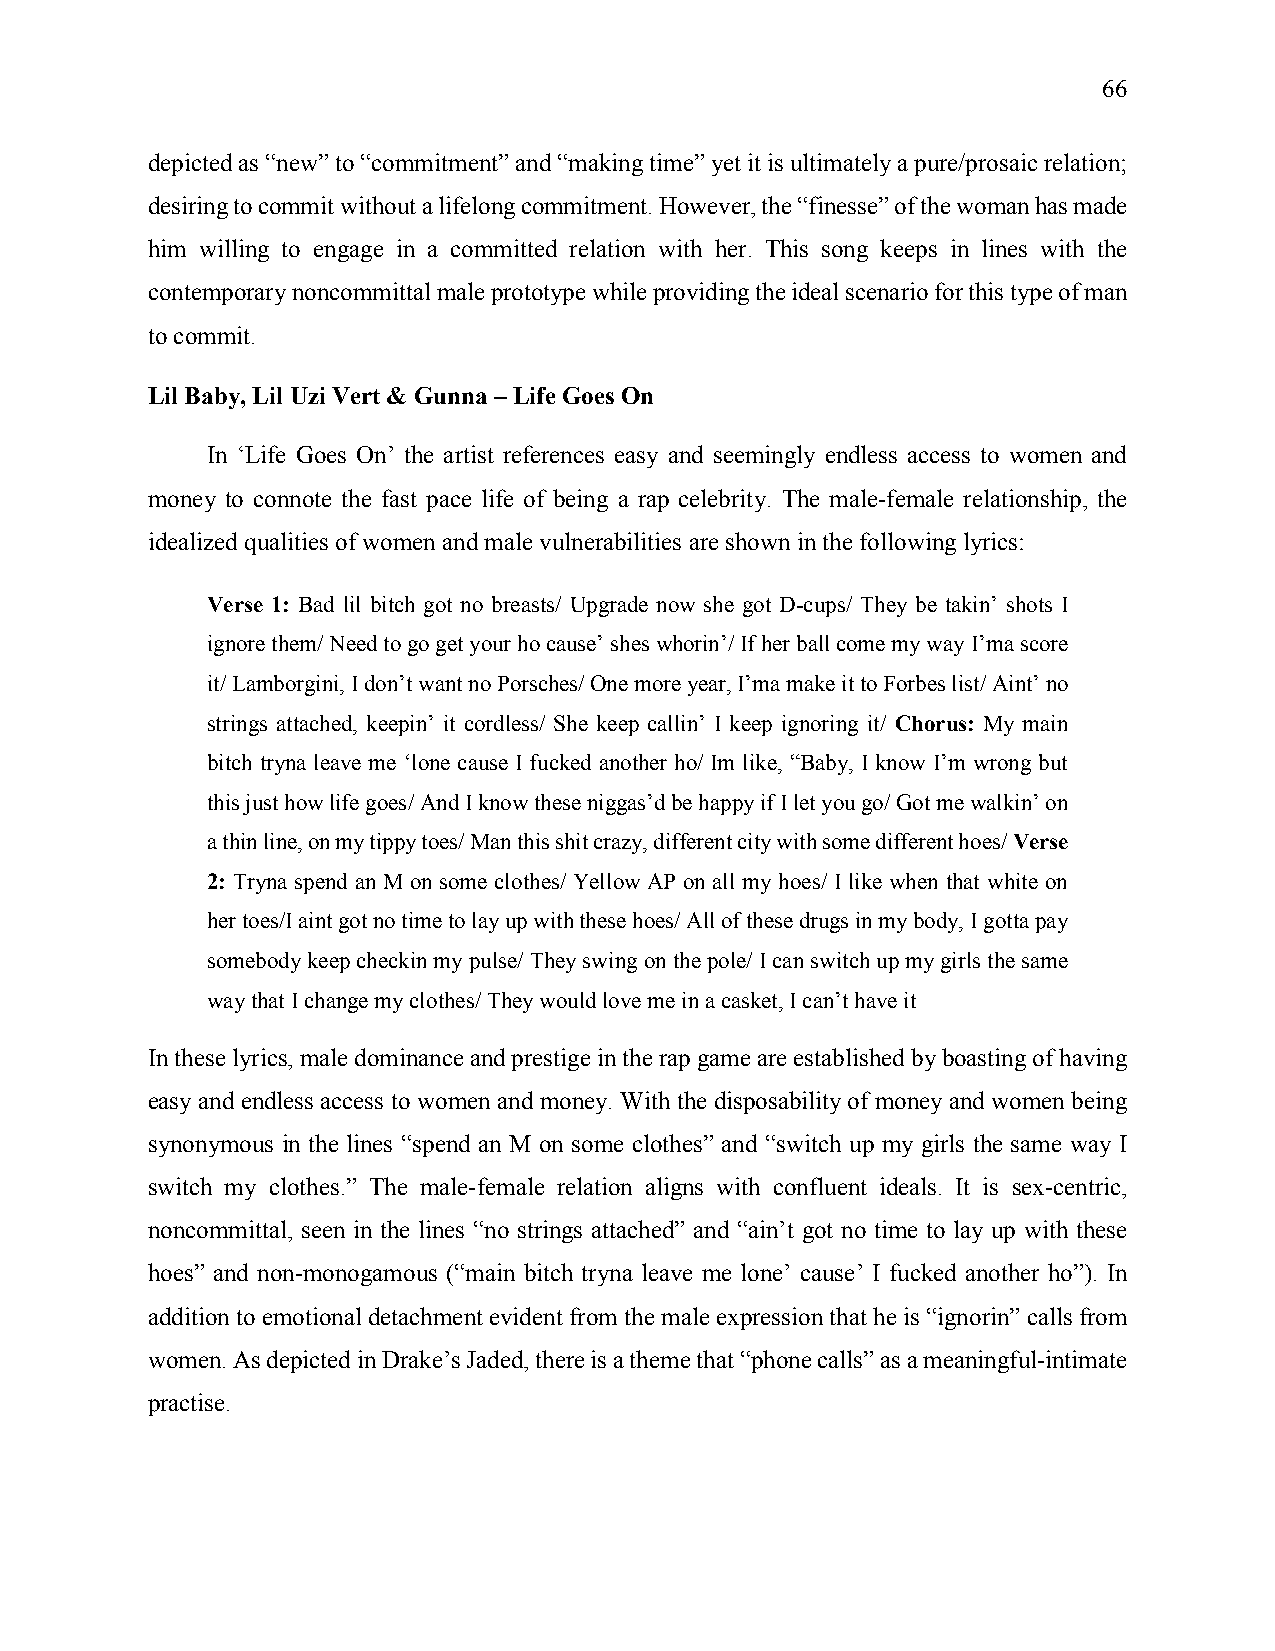
66
 depicted as “new” to “commitment” and “making time” yet it is ultimately a pure/prosaic relation;
 desiring to commit without a lifelong commitment. However, the “finesse” of the woman has made
 him willing to engage in a committed relation with her. This song keeps in lines with the
 contemporary noncommittal male prototype while providing the ideal scenario for this type of man
 to commit.
 Lil Baby, Lil Uzi Vert & Gunna – Life Goes On
 In ‘Life Goes On’ the artist references easy and seemingly endless access to women and
 money to connote the fast pace life of being a rap celebrity. The male-female relationship, the
 idealized qualities of women and male vulnerabilities are shown in the following lyrics:
 Verse 1: Bad lil bitch got no breasts/ Upgrade now she got D-cups/ They be takin’ shots I
 ignore them/ Need to go get your ho cause’ shes whorin’/ If her ball come my way I’ma score
 it/ Lamborgini, I don’t want no Porsches/ One more year, I’ma make it to Forbes list/ Aint’ no
 strings attached, keepin’ it cordless/ She keep callin’ I keep ignoring it/ Chorus: My main
 bitch tryna leave me ‘lone cause I fucked another ho/ Im like, “Baby, I know I’m wrong but
 this just how life goes/ And I know these niggas’d be happy if I let you go/ Got me walkin’ on
 a thin line, on my tippy toes/ Man this shit crazy, different city with some different hoes/ Verse
 2: Tryna spend an M on some clothes/ Yellow AP on all my hoes/ I like when that white on
 her toes/I aint got no time to lay up with these hoes/ All of these drugs in my body, I gotta pay
 somebody keep checkin my pulse/ They swing on the pole/ I can switch up my girls the same
 way that I change my clothes/ They would love me in a casket, I can’t have it
 In these lyrics, male dominance and prestige in the rap game are established by boasting of having
 easy and endless access to women and money. With the disposability of money and women being
 synonymous in the lines “spend an M on some clothes” and “switch up my girls the same way I
 switch my clothes.” The male-female relation aligns with confluent ideals. It is sex-centric,
 noncommittal, seen in the lines “no strings attached” and “ain’t got no time to lay up with these
 hoes” and non-monogamous (“main bitch tryna leave me lone’ cause’ I fucked another ho”). In
 addition to emotional detachment evident from the male expression that he is “ignorin” calls from
 women. As depicted in Drake’s Jaded, there is a theme that “phone calls” as a meaningful-intimate
 practise.